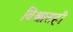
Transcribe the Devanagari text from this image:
विश्वासही